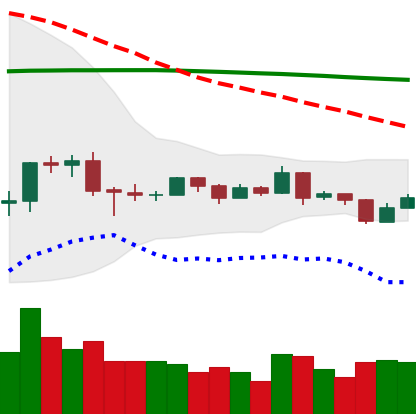
Ticker: EOS-USD
Chart end date: 2019-08-11
Forward return: -14.314%
Label: down_7plus